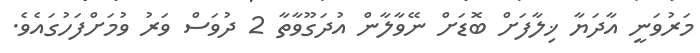
މަރުވަނީ އާދަޔާ ޚިލާފަށް ބޮޑަށް ނޭވާލާން އުދަގޫވާތާ 2 ދުވަސް ވަރު ވުމަށްފަހުގައެވެ.